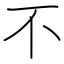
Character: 不